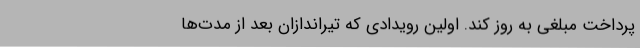
پرداخت مبلغی به روز کند. اولین رویدادی که تیراندازان بعد از مدت‌ها